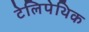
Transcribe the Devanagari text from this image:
टेलिपेथिक